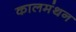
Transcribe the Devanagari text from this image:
कालमंथन